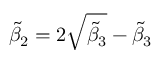
\widetilde { \beta } _ { 2 } = 2 \sqrt { \widetilde { \beta } _ { 3 } } - \widetilde { \beta } _ { 3 }